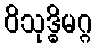
ဝိသုဒ္ဓိမဂ္ဂ